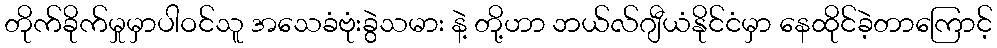
တိုက်ခိုက်မှုမှာပါဝင်သူ အသေခံဗုံးခွဲသမား နဲ့ တို့ဟာ ဘယ်လ်ဂျီယံနိုင်ငံမှာ နေထိုင်ခဲ့တာကြောင့်